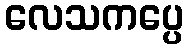
လေသကပ္ပေ